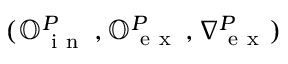
( \mathbb { O } _ { \mathrm { ~ i ~ n ~ } } ^ { P } \, , \mathbb { O } _ { \mathrm { ~ e ~ x ~ } } ^ { P } \, , \nabla { } _ { \mathrm { ~ e ~ x ~ } } ^ { P } )